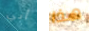
أبي هذا